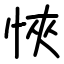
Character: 悏